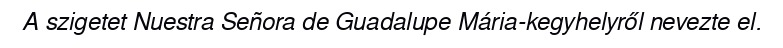
A szigetet Nuestra Señora de Guadalupe Mária-kegyhelyről nevezte el.